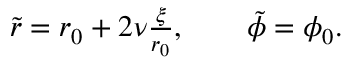
\begin{array} { r } { \tilde { r } = r _ { 0 } + 2 \nu \frac { \xi } { r _ { 0 } } , \qquad \tilde { \phi } = \phi _ { 0 } . } \end{array}